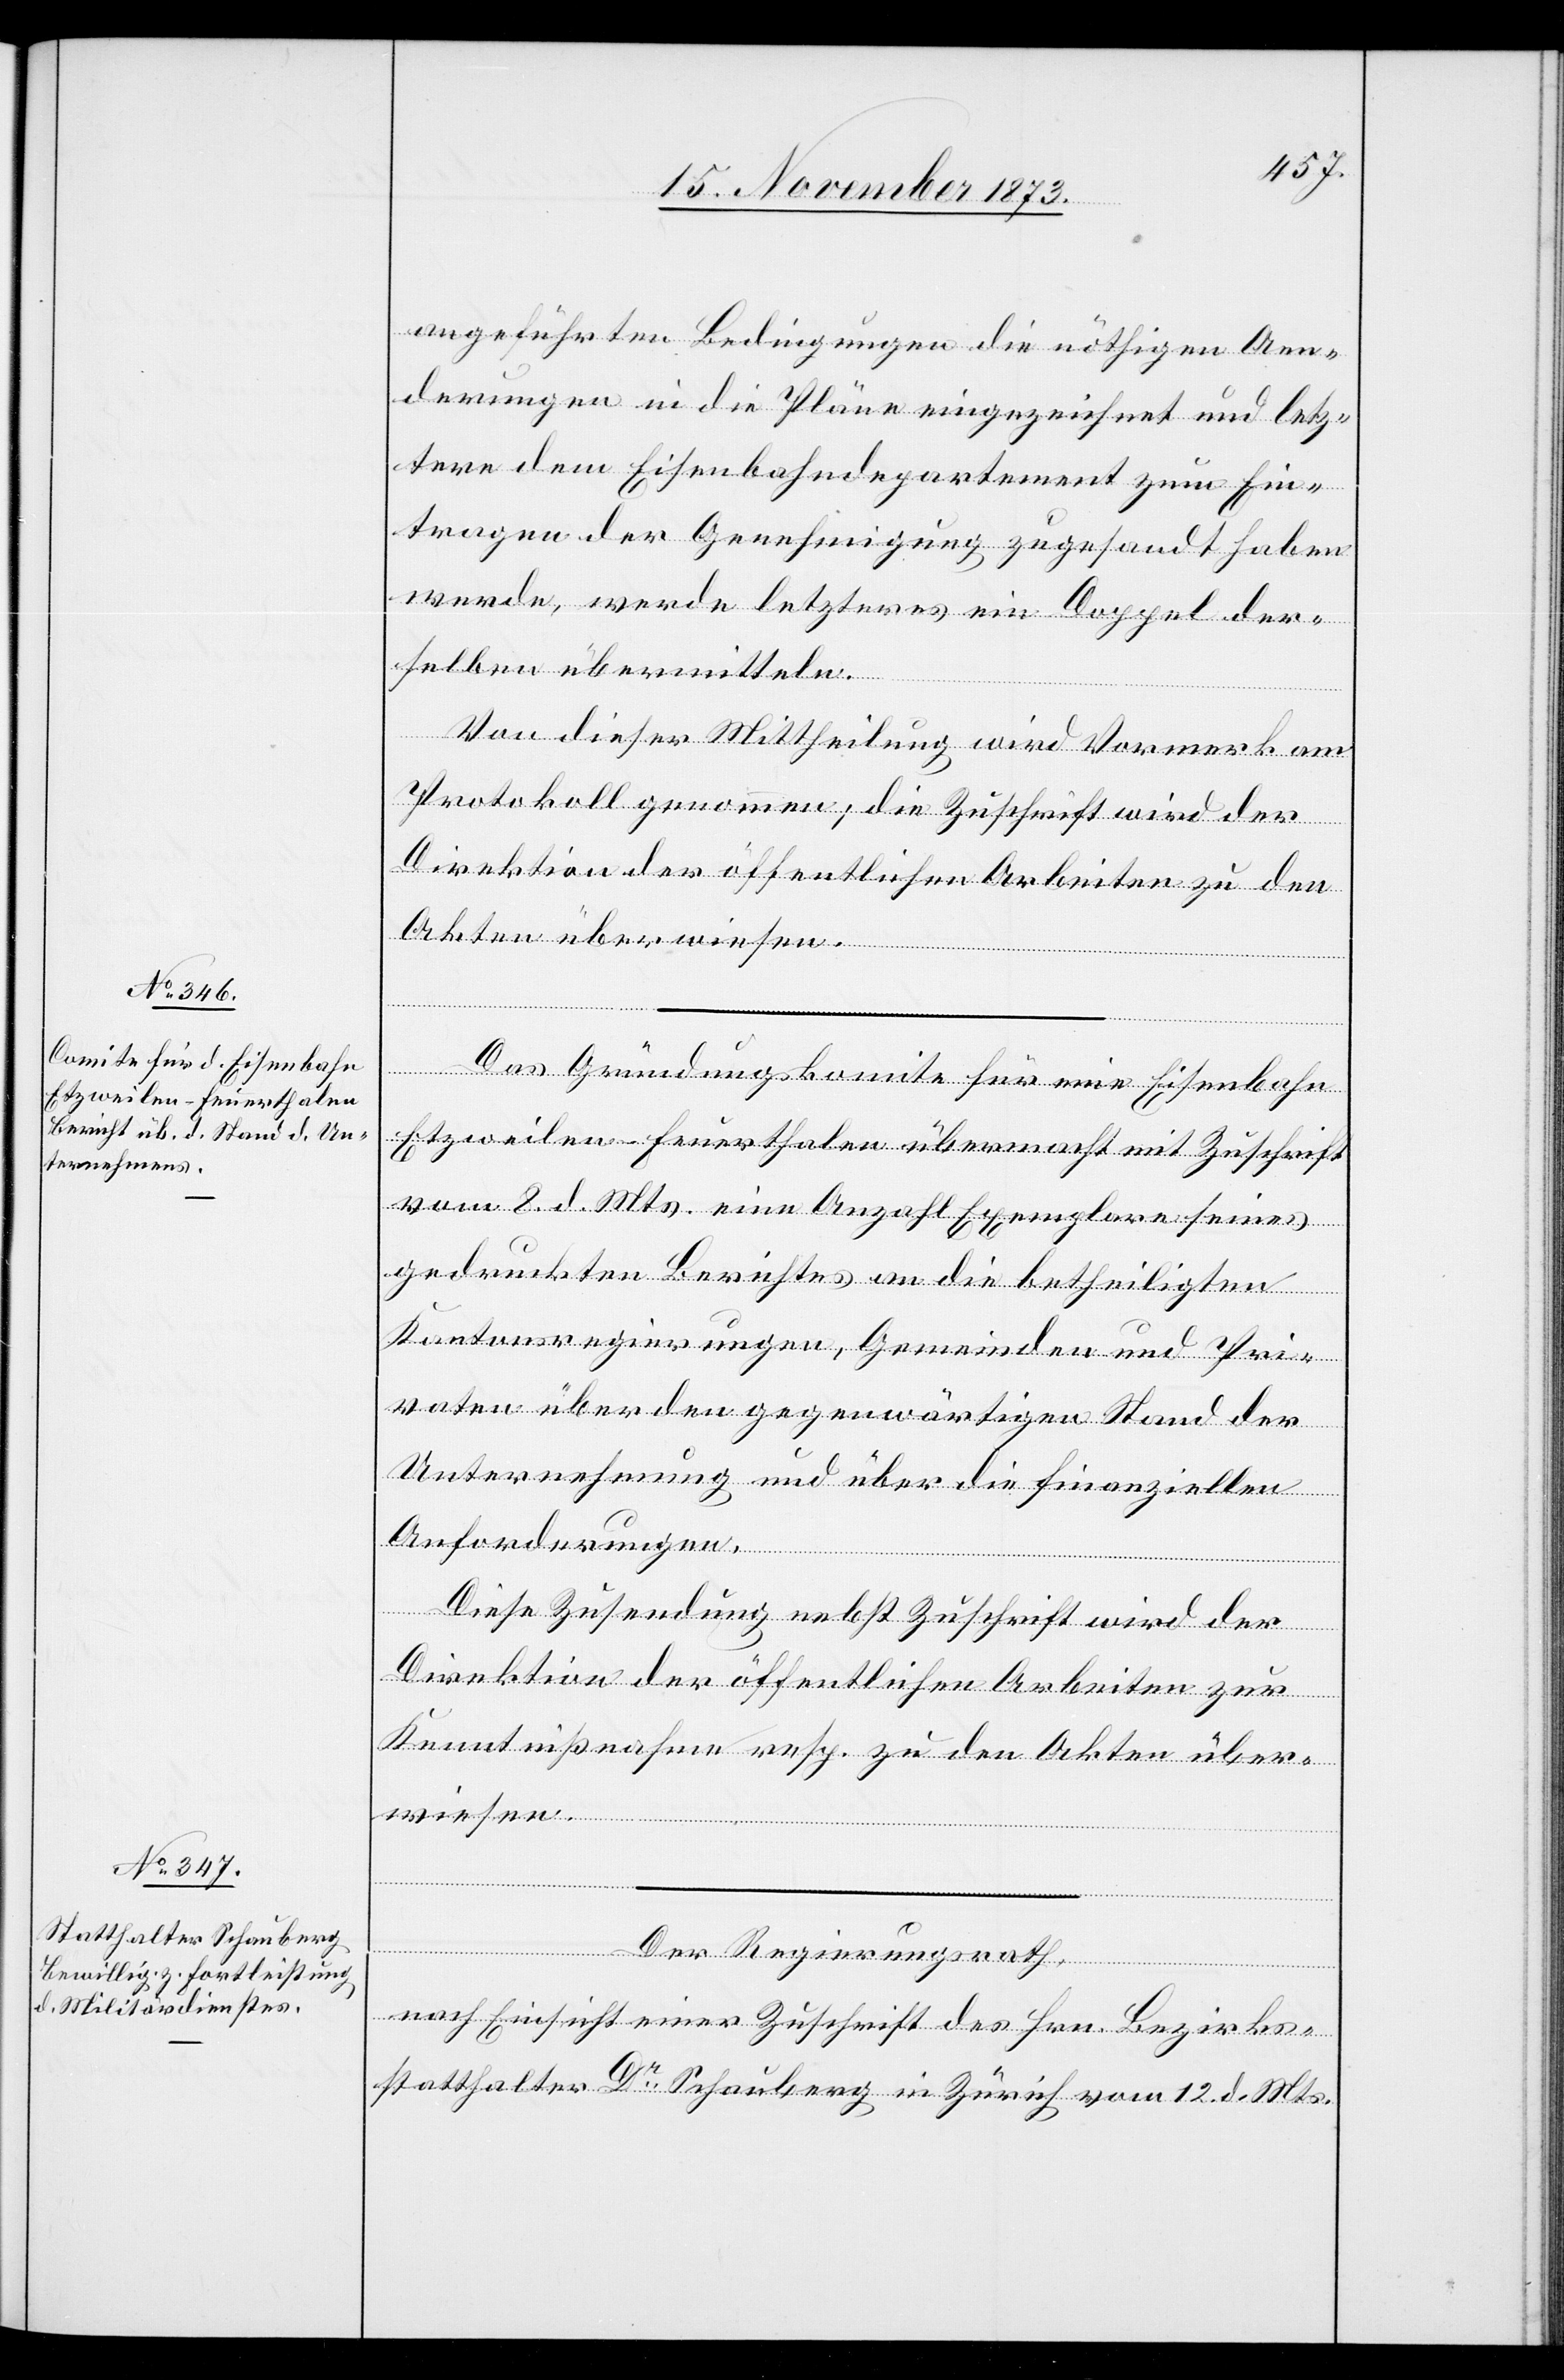
angeführten Bedingungen die nöthigen Aen¬
derungen in die Pläne eingezeichnet und letz¬
tere dem Eisenbahndepartement zum Ein¬
tragen der Genehmigung zugesandt haben
werde, werde letzteres ein Doppel der¬
selben übermitteln.
en.
Von dieser Mittheilung wird Vormerk am
Protokoll genommen; die Zuschrift wird der
Direktion der öffentlichen Arbeiten zu den
Akten überwiesen.
Das Gründungskomite für eine Eisenbahn
Etzweilen–Feuerthalen übermacht mit Zuschrift
vom 8. d. Mts. eine Anzahl Exemplare seines
gedruckten Berichtes an die betheiligten
Kantonsregierungen, Gemeinden und Pri¬
vaten über den gegenwärtigen Stand der
Unternehmung und über die finanziellen
Anforderungen.
Diese Zusendung nebst Zuschrift wird der
Direktion der öffentlichen Arbeiten zur
Kenntnißnahme resp. zu den Akten über¬
Der Regierungsrath,
nach Einsicht einer Zuschrift des Hrn. Bezirks¬
statthalter Dr Schauberg in Zürich vom 12. d. Mts.